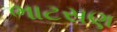
ભાટસણ